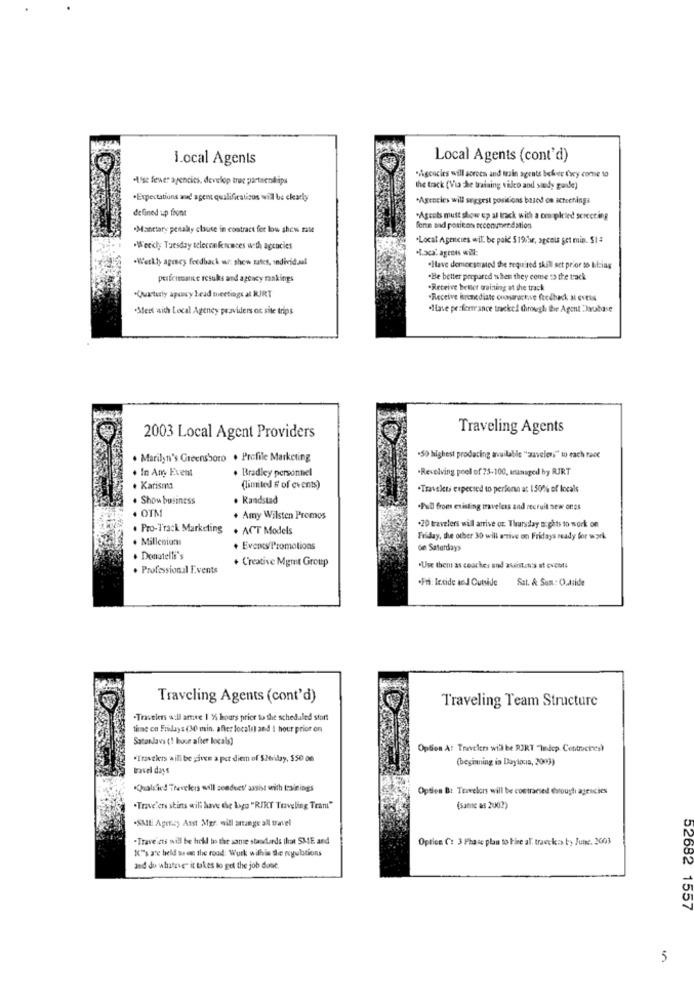
i.ocal Agents
Local Agents (cont'd)
.Ase fewer agencies, develop true partsendips
"Agcocies will screen and train agents beheer tory come to
the track (Vi The training video and study guide)
*Expectations and agent qualificatiaus will be clearly
*Agrocies will suggest positions based on screenings
delined up front
"Agcols must show up al track with a ccompleted serecting
·Manttary penalty clause in contract for lou shew rate
forte and positon pccommendation
.Local Agencies wil be paid $19hwr, spcais set min. $1 :
.Weekly Tuesday telecomfronces with agencies
·L.aca: agents will
·Werkhy agency feedback wi: show rates, individual
.Have demeestrated the required skill set prior to Maing
perfernante results and agency rankings
"Be better prepared when they come :> the track
.Receive better oraining at the track
.Quetuly apusy Lead meetings al RJRT
"Receive Brenediate onogarack;ve feedback a evets
"Mert aith Local Agency providers os site trips
.Have pesferrance tracket through the Agent Drubase
Traveling Agents
2003 Local Agent Providers
. Marilyni's Greensboro . Profile Marketing
"50 highest prodacing available "zavelen." to each race
. In Am Event
. Bradley personnel
.Revolving pool of ?5-100, managed by RJRT
. Karisma
(limited # of events)
.Travelt expected to personn at 150% of locals
. Show business
· Randstad
. OTM
.Pull from existing travelcss and recruit seo ones
. Amy Wilsten Promos
. Pro-Track Marketing
. ACT Models
+20 travelers will arrive or. Thursday D: ghts to work on
. Millenium
Friday, the other 30 will arrive on Fridays ready for work
+ Events/Promotions
on Saturdays
· Donatelli's
+ Creative Mgmt Group
. Professional Events
"Use them as coaches and assistants at events
.Fri: lecide and Cutside
Sat. & Sum: O.Aside
Traveling Agents (cont'd)
Traveling Team Structure
.Travelers a:ll amee 1 X5 hours prior to the scheduled start
timme on Fridays (30 min. after locale) and ! hour price on
Satanlavi (! boue after locals)
Option A: Travelers will be RIKT "Innicp. Centroches)
"Travelers will be given a pct diem of $Ncday, $50 on
(beginning in Dayloca, 2003)
travel days
"Qualified Travelers will conduct/ assist with trainings
Opties B: Travelers will be contracted enough agencies
"Trave'ers stins will have the logo "RIKT Traveling Trani"
(same as 2002)
"SME Agency Asst Mgr. will orange all travel
-Trave'ets will be hell to the sante standards that SME and
Option C: 3 Phase plan to Fire al. travekas by June, 2003
X"'s are held sa en the rood: Work withis de ryubtions
and do whatever it takes to get the job done.
52682 1557
5